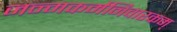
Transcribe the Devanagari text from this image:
जन्मकर्मनिवारकम्